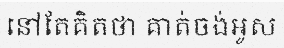
នៅតែគិតថា គាត់ចង់អូស